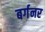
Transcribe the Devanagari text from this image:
बर्गनर